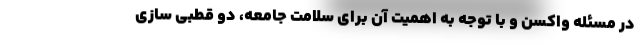
در مسئله واکسن و با توجه به اهمیت آن برای سلامت جامعه، دو قطبی سازی